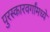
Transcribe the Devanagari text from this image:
पुरस्कारवर्गांमध्ये